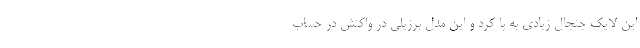
این لایک جنجال زیادی به پا کرد و این مدل برزیلی در واکنش در حساب